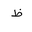
Letter: _za